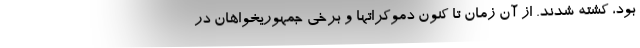
بود، کشته شدند. از آن زمان تا کنون دموکراتها و برخی جمهوریخواهان در